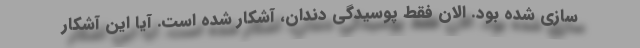
سازی شده بود. الان فقط پوسیدگی دندان، آشکار شده است. آیا این آشکار